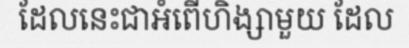
ដែលនេះជាអំពើហិង្សាមួយ ដែល